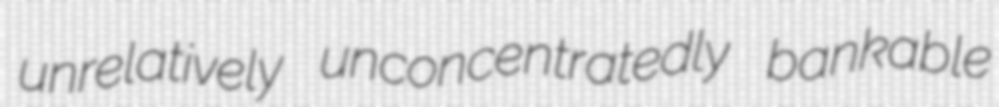
unrelatively unconcentratedly bankable